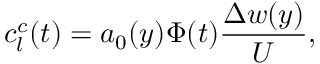
c _ { l } ^ { c } ( t ) = a _ { 0 } ( y ) \Phi ( t ) \frac { \Delta w ( y ) } { U } ,